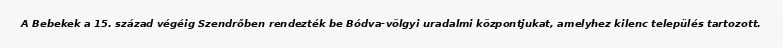
A Bebekek a 15. század végéig Szendrőben rendezték be Bódva-völgyi uradalmi központjukat, amelyhez kilenc település tartozott.